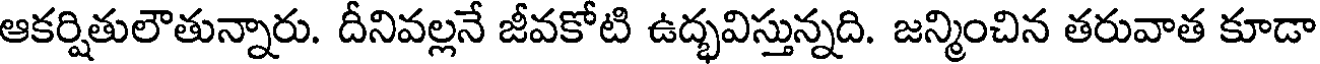
ఆకర్షితులౌతున్నారు. దీనివల్లనే జీవకోటి ఉద్భవిస్తున్నది. జన్మించిన తరువాత కూడా